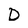
Character: D